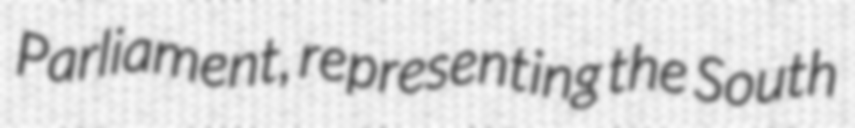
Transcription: Parliament, representing the South